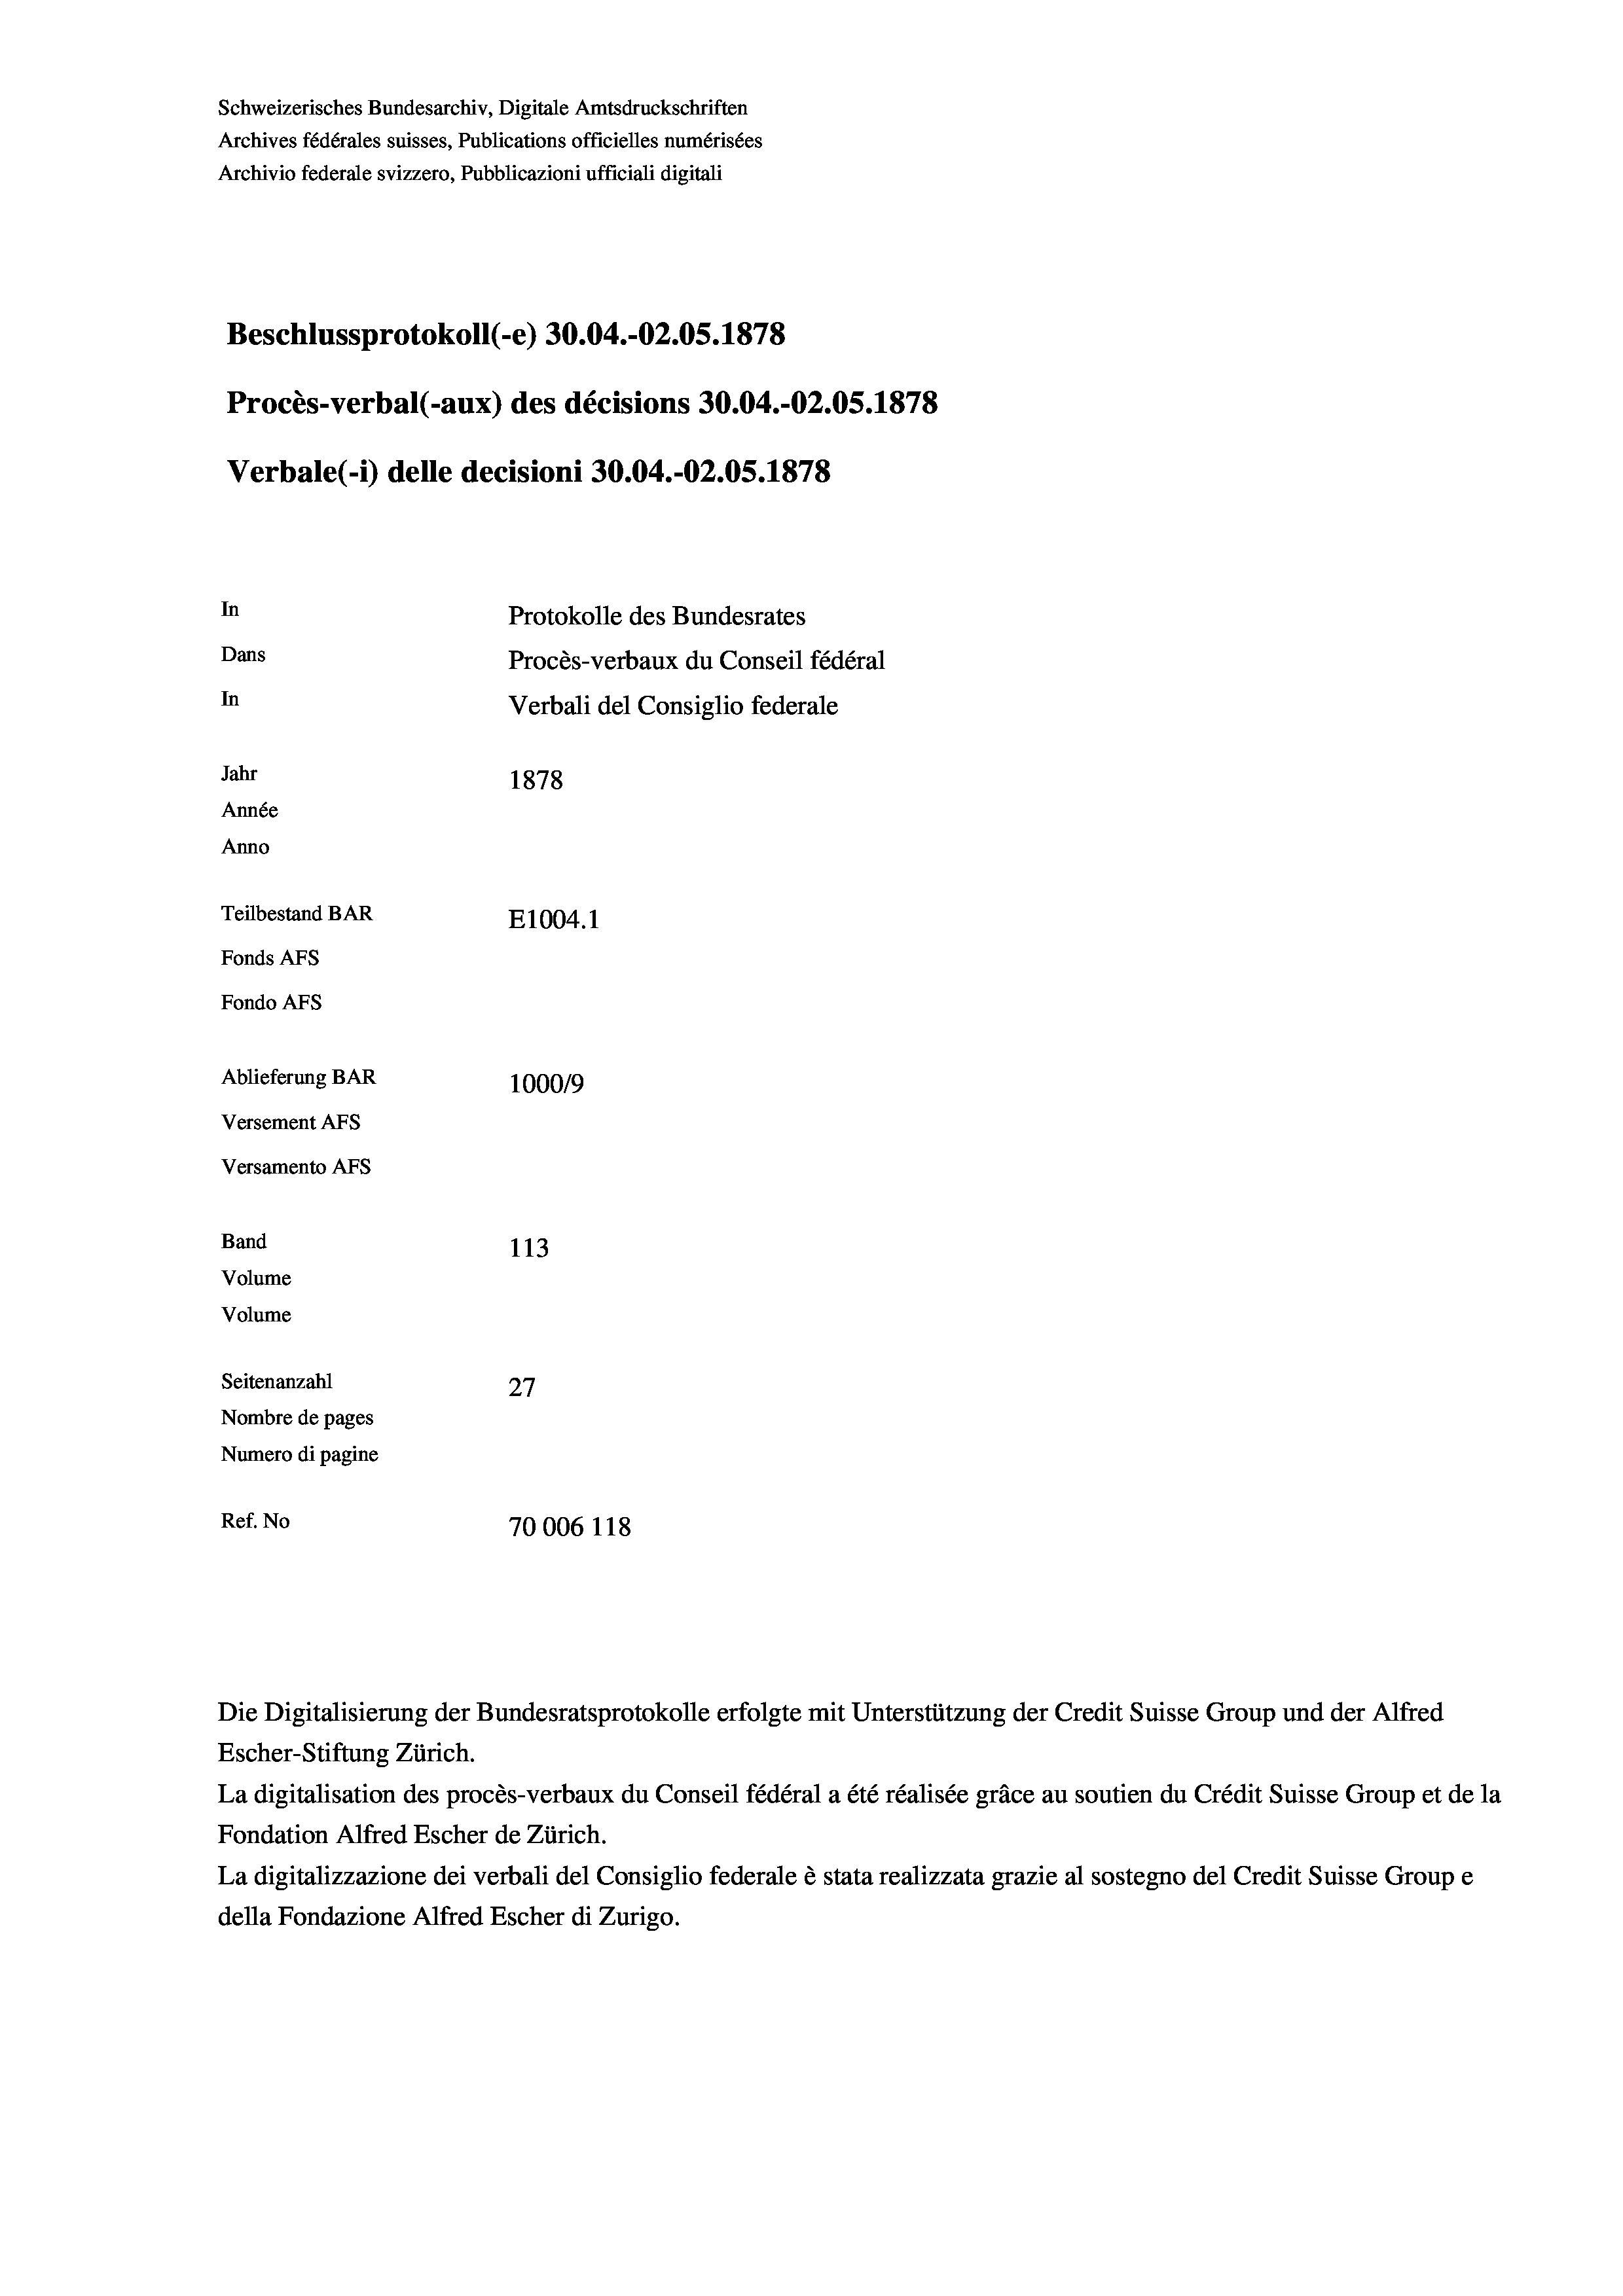
Schweizerisches Bundesarchiv, Digitale Amtsdruckschriften
Archives fédérales suisses, Publications officielles numérisées
Archivio federale svizzero, Pubblicazioni ufficiali digitali
Beschlussprotokoll (-e) 30.04.-O2.05. 1878
Procès-verbal (-aux) des décisions 30.04.-O2.05. 1878
Verbale (1) delle decisioni 30.04.-O2.05. 1878
In
Protokolle des Bundesrates
Dans
Procès-verbaux du Conseil fédéral
In
Verbali del Consiglio federale
Jahr
1878
Année
Anno
Teilbestand BAR
E1004. 1
Fonds AFs
Fondo Afs
Ablieferung BAR
100019
Versement AFs
Versamento AFs
Band
113
Volume
Volume

Seitenanzahl
27
Nombre de pages
Numero di pagine
Ref. No
70006 118

Escher-Stiftung Zürich.
La digitalisation des procès-verbaux du Conseil fédéral a été réalisée gräce au soutien du Crédit Suisse Group et de la
Fondation Alfred Escher de Zürich.
La digitalizzazione dei verbali del Consiglio federale è stata realizzata grazie al sostegno del Credit Suisse Groupe
della Fondazione Alfred Escher di Zurigo.

Die Digitalisierung der Bundesratsprotokolle erfolgte mit Unterstützung der Credit Suisse Group und der Alfred